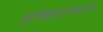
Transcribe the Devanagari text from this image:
इलेक्ट्रॉनदाता